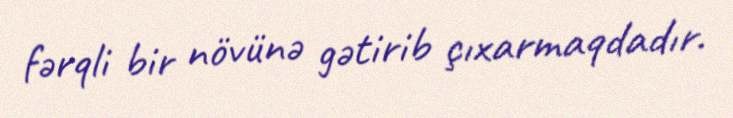
fərqli bir növünə gətirib çıxarmaqdadır.